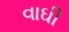
વાઘી